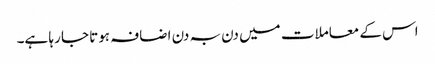
اس کے معاملات میں دن بہ دن اضافہ ہوتا جا رہا ہے۔